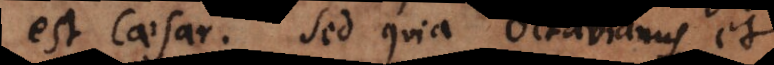
est Caesar. Sed quia Octavianus et